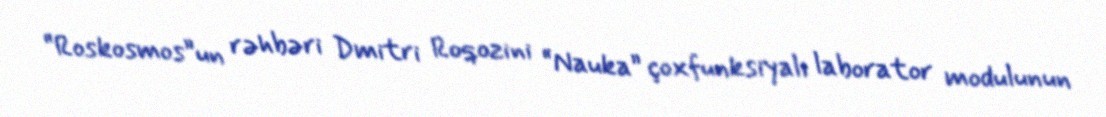
“Roskosmos”un rəhbəri Dmitri Roqozini “Nauka” çoxfunksiyalı laborator modulunun